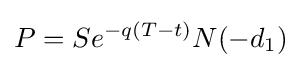
P=Se^{-q(T-t)}N(-d_{1})